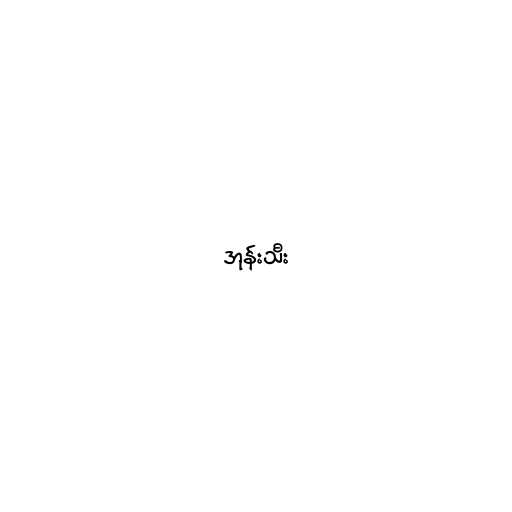
အုန်းသီး